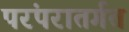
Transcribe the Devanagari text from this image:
परंपरातर्गत